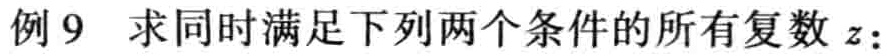
例9 求同时满足下列两个条件的所有复数 \(z\)：